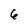
Character: 6